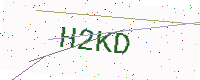
Text: H2KD